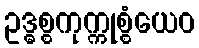
ဥဒ္ဓစ္စကုက္ကုစ္စံယေဝ